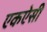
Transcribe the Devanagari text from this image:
एकऐसी